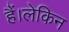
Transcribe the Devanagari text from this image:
हैं।लेकिन